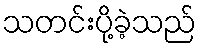
သတင်းပို့ခဲ့သည်